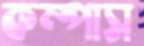
কম্পাস